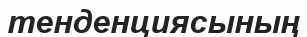
тенденциясының